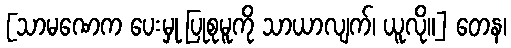
[သာမဏေက ပေးမှု ပြုစုမူကို သာယာလျက်၊ ယူလို။] တေန၊